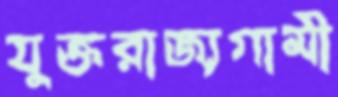
যুক্তরাজ্যগামী